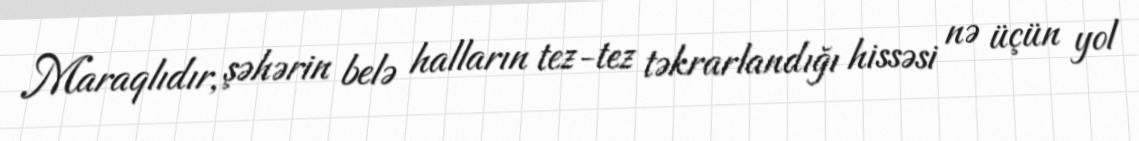
Maraqlıdır, şəhərin belə halların tez-tez təkrarlandığı hissəsi nə üçün yol